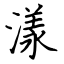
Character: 漾